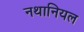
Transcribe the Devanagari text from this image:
नथानियल